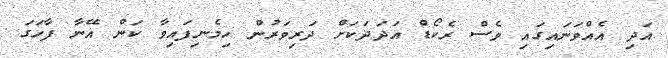
އަދި އެއްވަނައިގައި ވެސް ރެކޯޑް އަދަދަކަށް ދަރިވަރުން ހިމެނިފައިވާ ކަން އޭނާ ފާހަގަ